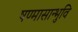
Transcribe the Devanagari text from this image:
षण्मासान्भुवि